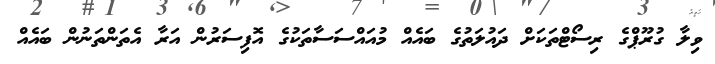
ވިލާ ގުރޫޕްގެ ރިސޯޓްތަކަށް ދައުލަތުގެ ބައެއް މުއައްސަސާތަކުގެ އޮފިސަރުން އަރާ އެތަންތަނުން ބައެއް